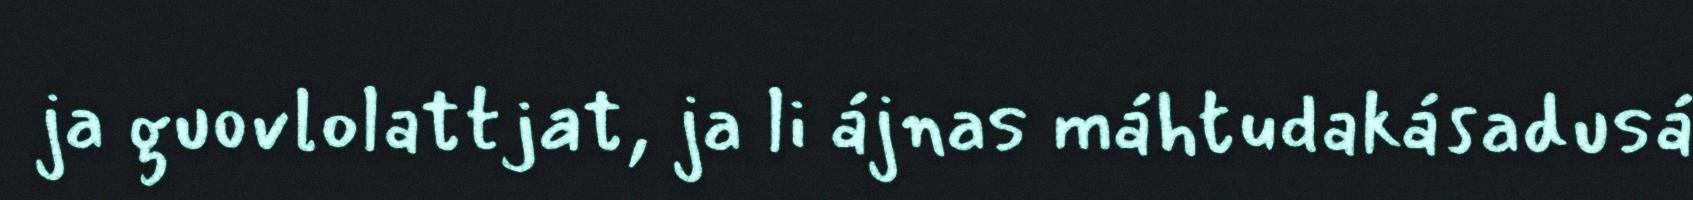
ja guovlolattjat, ja li ájnas máhtudakásadusá